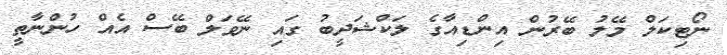
ނޯޓިކަލް މޭލު ބޭރުން އިންޑިއާގެ ލަކްޝަދީބު ގައި ނޭވަލް ބޭސް އެއް ހުންނާތީ